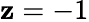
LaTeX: \mathbf{z}=-1